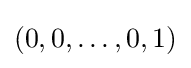
(0,0,\dotsc ,0,1)